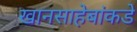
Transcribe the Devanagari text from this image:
खानसाहेबांकडे